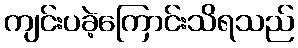
ကျင်းပခဲ့ကြောင်းသိရသည်